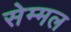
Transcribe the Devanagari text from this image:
सेम्मल